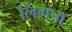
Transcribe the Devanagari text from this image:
लिगचा